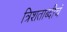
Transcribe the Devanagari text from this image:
त्रिशताब्दीचं